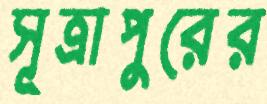
সূত্রাপুরের